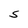
Character: S